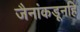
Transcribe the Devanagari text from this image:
जैनांकडूनहि